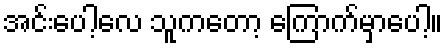
အင်းပေါ့လေ သူကတော့ ကြောက်မှာပေါ့။